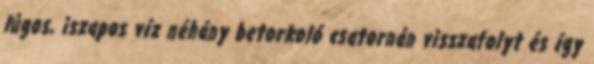
lúgos, iszapos víz néhány betorkoló csatornán visszafolyt és így